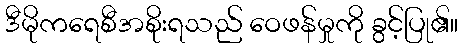
ဒီမိုကရေစီအစိုးရသည် ဝေဖန်မှုကို ခွင့်ပြု၏။